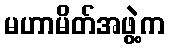
မဟာမိတ်အဖွဲ့က